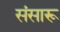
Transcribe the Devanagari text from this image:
संसारू